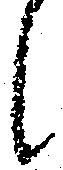
候